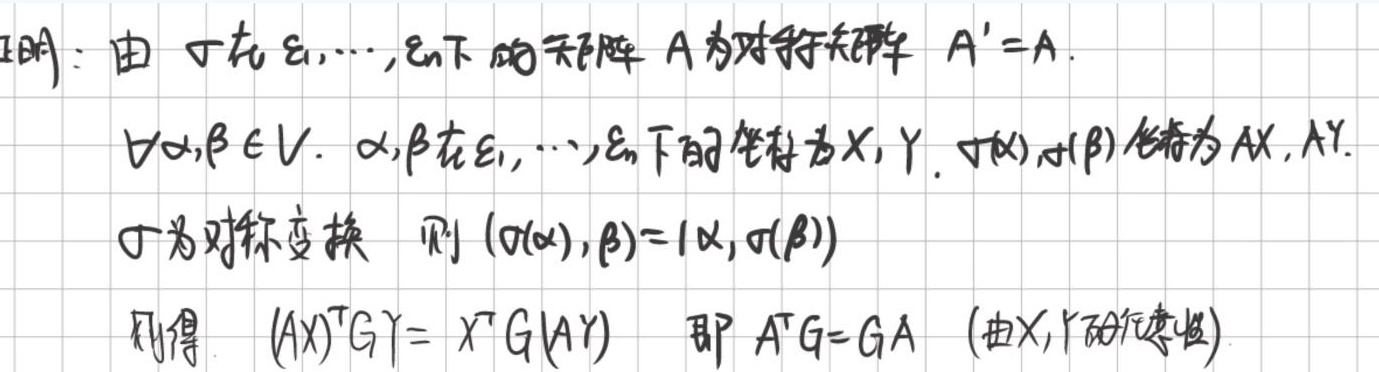
证明：由于在\(\varepsilon_1,\cdots,\varepsilon_n\)下的矩阵\(A\)为对称矩阵，即\(A' = A\)。\(\forall\alpha,\beta\in V\)，\(\alpha,\beta\)在\(\varepsilon_1,\cdots,\varepsilon_n\)下的坐标为\(X,Y\)，\(\sigma(\alpha),\sigma(\beta)\)坐标为\(AX,AY\)。因为\(\sigma\)为对称变换，则\((\sigma(\alpha),\beta)=(\alpha,\sigma(\beta))\)，由此可得\((AX)^TGY = X^TG(AY)\)，即\(A^TG = GA\)（由\(X,Y\)的任意性）。